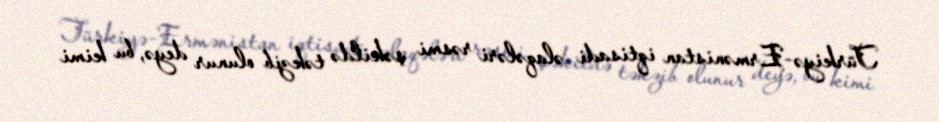
Türkiyə-Ermənistan iqtisadi əlaqələri rəsmi şəkildə təkzib olunur deyə, bu kimi